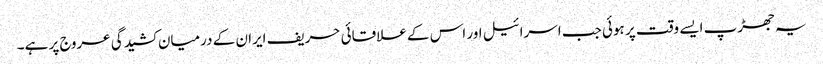
یہ جھڑپ ایسے وقت پر ہوئی جب اسرائیل اور اس کے علاقائی حریف ایران کے درمیان کشیدگی عروج پر ہے۔